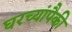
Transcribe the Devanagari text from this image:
घरच्यांपैकी